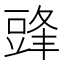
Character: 𮙔